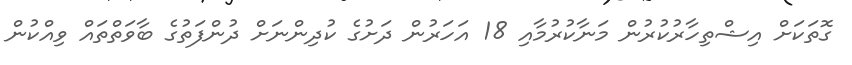
ގޮތަކަށް އިޝްތިހާރުކުރުން މަނާކުރުމާއި 18 އަހަރުން ދަށުގެ ކުދިންނަށް ދުންފަތުގެ ބާވަތްތައް ވިއްކުން